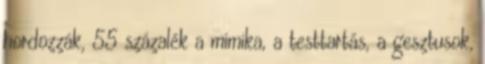
hordozzák, 55 százalék a mimika, a testtartás, a gesztusok,